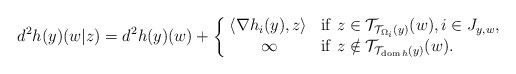
\begin{align*} d^2h(y)(w|z)=d^2h(y)(w)+\left\{\begin{array}{cl} \!\langle\nabla h_i(y),z\rangle&{\rm if}\ z\in\mathcal{T}_{\mathcal{T}_{\Omega_i}(y)}(w),i\in J_{y,w},\\ \infty&{\rm if}\ z\notin\mathcal{T}_{\mathcal{T}_{{\rm dom}\,h}(y)}(w). \end{array}\right. \end{align*}